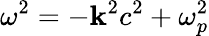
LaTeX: \omega^{2}=-\mathbf{k}^{2}c^{2}+\omega_{p}^{2}